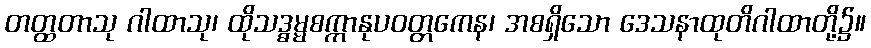
တတ္ထတာသု ဂါထာသု၊ ထိုသဒ္ဓမ္မစက္ကာနုပဝတ္တကေန၊ အစရှိသော ဒေသနာထုတိဂါထာတို့၌။